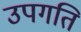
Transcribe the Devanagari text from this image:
उपगति